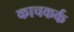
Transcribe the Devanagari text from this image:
काचकर्क